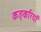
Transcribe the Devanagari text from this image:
कङ्करियाँ